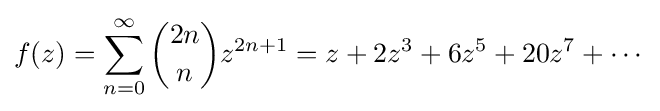
f(z)=\sum _{n=0}^{\infty }{2n \choose n}z^{2n+1}=z+2z^{3}+6z^{5}+20z^{7}+\cdots